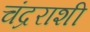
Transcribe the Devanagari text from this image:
चंद्रराशी